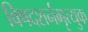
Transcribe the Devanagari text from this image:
विषदशर्नमृत्युक